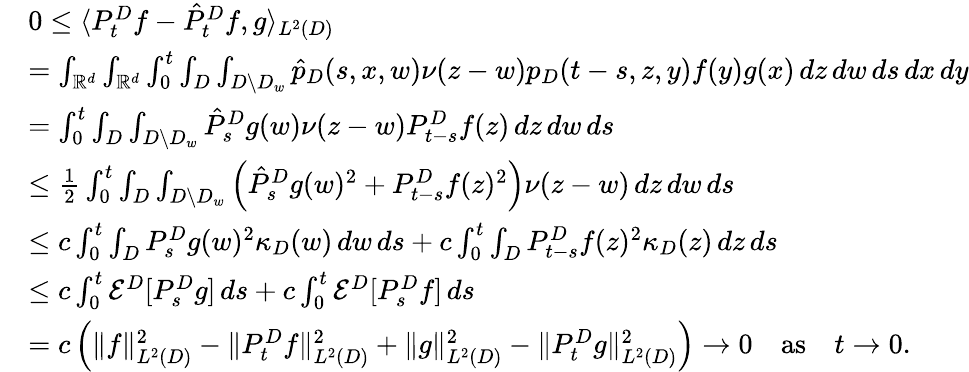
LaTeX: \begin{array}{rl}&{0\leq\langle P_{t}^{D}f-\hat{P}_{t}^{D}f,g\rangle_{L^{2}(D)}}\\ &{=\int_{\mathbb{R}^{d}}\int_{\mathbb{R}^{d}}\int_{0}^{t}\int_{D}\int_{D\setminus D_{w}}\hat{p}_{D}(s,x,w)\nu(z-w)p_{D}(t-s,z,y)f(y)g(x)\, dz\, dw\, ds\, dx\, dy}\\ &{=\int_{0}^{t}\int_{D}\int_{D\setminus D_{w}}\hat{P}_{s}^{D}g(w)\nu(z-w)P_{t-s}^{D}f(z)\, dz\, dw\, ds}\\ &{\leq\frac{1}{2}\int_{0}^{t}\int_{D}\int_{D\setminus D_{w}}\left(\hat{P}_{s}^{D}g(w)^{2}+P_{t-s}^{D}f(z)^{2}\right)\nu(z-w)\, dz\, dw\, ds}\\ &{\leq c\int_{0}^{t}\int_{D}P_{s}^{D}g(w)^{2}\kappa_{D}(w)\, dw\, ds+c\int_{0}^{t}\int_{D}P_{t-s}^{D}f(z)^{2}\kappa_{D}(z)\, dz\, ds}\\ &{\leq c\int_{0}^{t}\mathcal{E}^{D}[P_{s}^{D}g]\, ds+c\int_{0}^{t}\mathcal{E}^{D}[P_{s}^{D}f]\, ds}\\ &{=c\left(\| f\| _{L^{2}(D)}^{2}-\| P_{t}^{D}f\| _{L^{2}(D)}^{2}+\| g\| _{L^{2}(D)}^{2}-\| P_{t}^{D}g\| _{L^{2}(D)}^{2}\right)\to 0\quad\mathrm{as}\quad t\to 0.}\end{array}